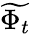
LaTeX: \widetilde{\Phi_{t}}